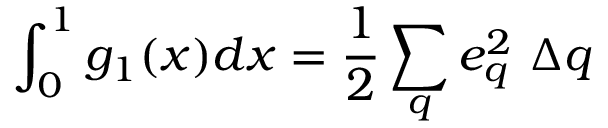
\int _ { 0 } ^ { 1 } g _ { 1 } ( x ) d x = \frac { 1 } { 2 } \sum _ { q } e _ { q } ^ { 2 } ~ \Delta q